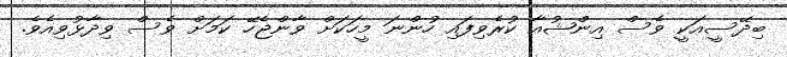
ބިދޭސީއަކީ ވެސް އިންޝުއާ ކުރެވިފައި ހުންނަ މީހަކަށް ވާންޖެހޭ ކަމަށް ވެސް ވިދާޅުވިއެވެ.